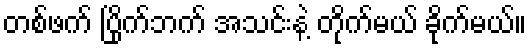
တစ်ဖက် ပြိုက်ဘက် အသင်းနဲ့ တိုက်မယ် ခိုက်မယ်။